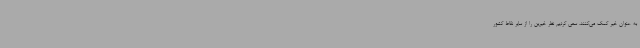
به عنوان خیر کمک می‌کنند، سعی کردیم نظر خیرین را از سایر نقاط کشور